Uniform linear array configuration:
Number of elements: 4
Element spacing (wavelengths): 1
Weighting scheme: binomial
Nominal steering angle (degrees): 15
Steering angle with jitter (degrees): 15.265
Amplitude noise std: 0.05
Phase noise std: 0.05

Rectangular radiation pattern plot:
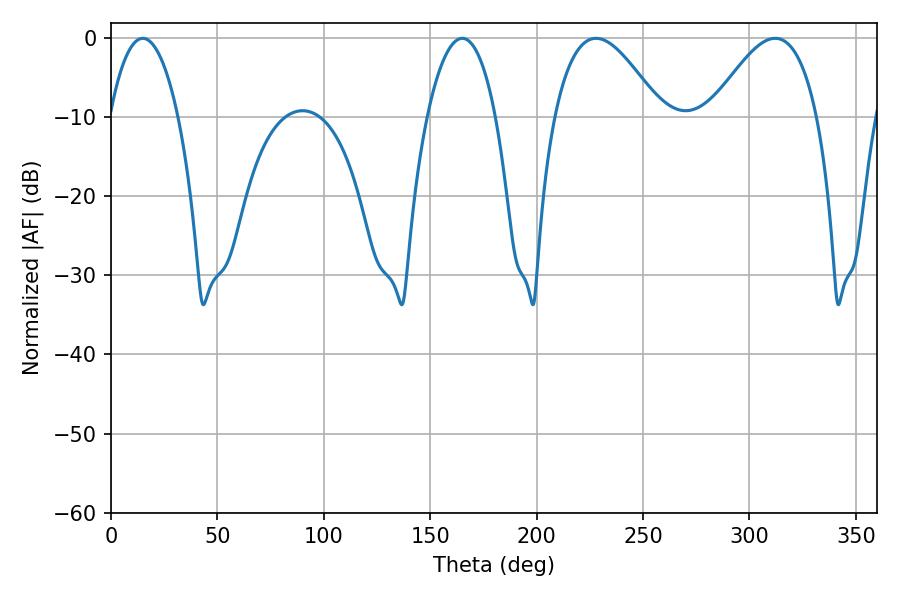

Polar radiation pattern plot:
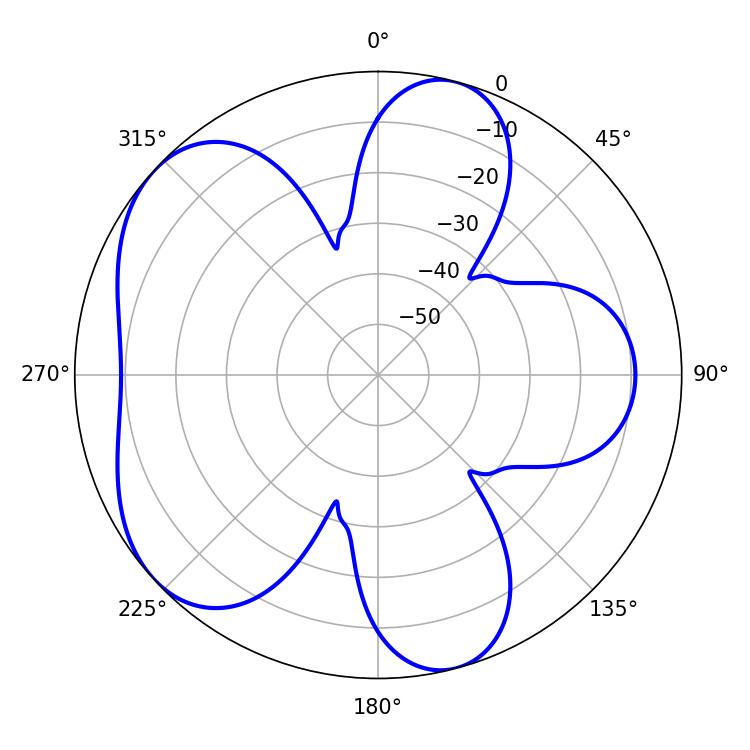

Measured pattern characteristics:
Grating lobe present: TRUE
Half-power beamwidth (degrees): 18
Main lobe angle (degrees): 14.94